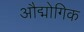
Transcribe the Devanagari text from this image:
औद्मोगिक